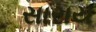
સારાય